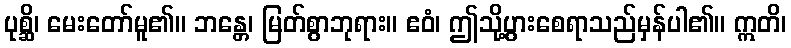
ပုစ္ဆိ၊ မေးတော်မူ၏။ ဘန္တေ၊ မြတ်စွာဘုရား။ ဧဝံ၊ ဤသို့ပွားစေရာသည်မှန်ပါ၏။ ဣတိ၊